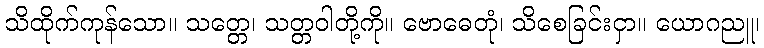
သိထိုက်ကုန်သော။ သတ္တေ၊ သတ္တဝါတို့ကို။ ဗောဓေတုံ၊ သိစေခြင်းငှာ။ ယောဂညူ၊